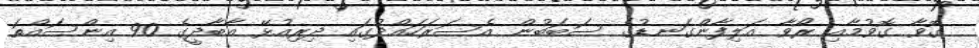
ގޮވާ ގޮވުމާއި ރޯވާ އަލިފާންގަނޑުގެ ސަބަބުން އެސަރަހައްދުގައި ދިރިއުޅޭ އާބާދީގެ 90 އިންސައްތަ